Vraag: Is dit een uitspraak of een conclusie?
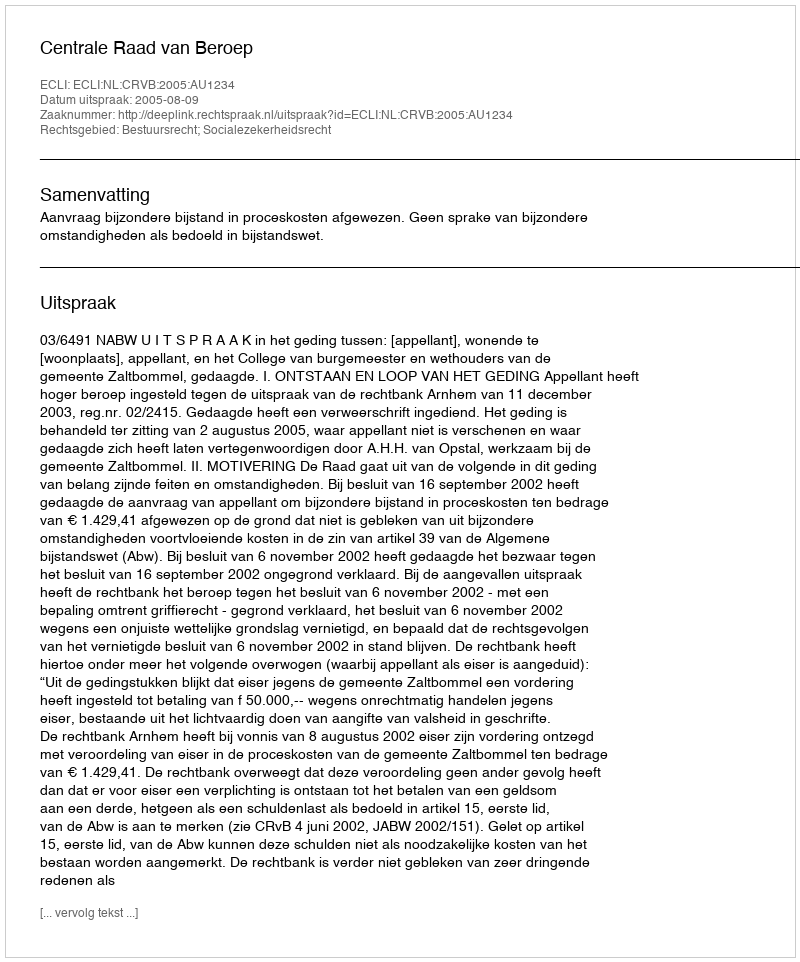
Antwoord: Uitspraak